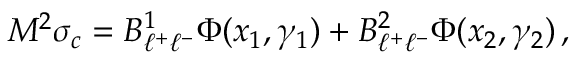
M ^ { 2 } \sigma _ { c } = B _ { \ell ^ { + } \ell ^ { - } } ^ { 1 } \Phi ( x _ { 1 } , \gamma _ { 1 } ) + B _ { \ell ^ { + } \ell ^ { - } } ^ { 2 } \Phi ( x _ { 2 } , \gamma _ { 2 } ) \, ,